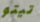
تيتو